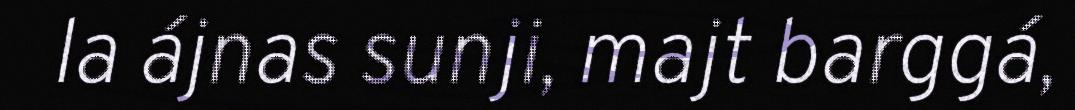
la ájnas sunji, majt barggá,